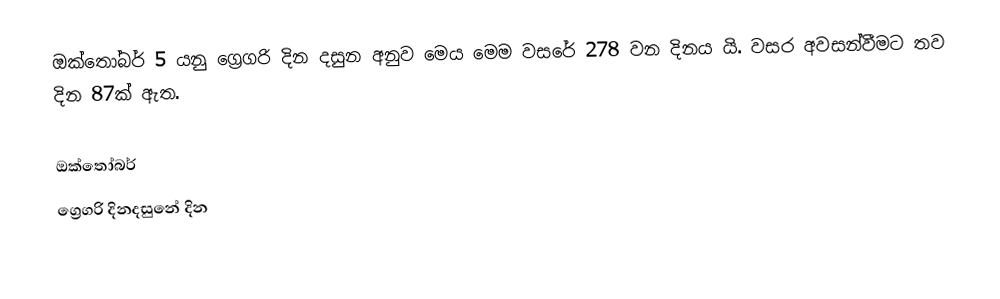
ඔක්තෝබර් 5 යනු ග්‍රෙගරි දින දසුන අනුව මෙය මෙම වසරේ 278 වන දිනය යි. වසර අවසන්වීමට තව දින 87ක් ඇත.

ඔක්තෝබර්
ග්‍රෙගරි දිනදසුනේ දින